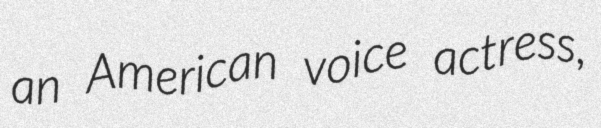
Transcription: an American voice actress,